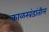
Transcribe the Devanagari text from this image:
काळखंडांतील